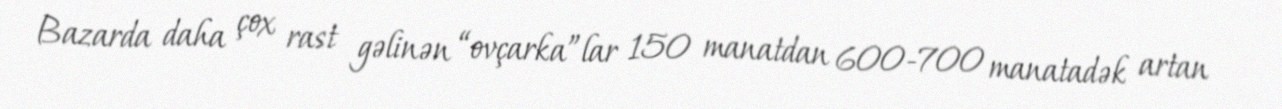
Bazarda daha çox rast gəlinən “ovçarka”lar 150 manatdan 600-700 manatadək artan